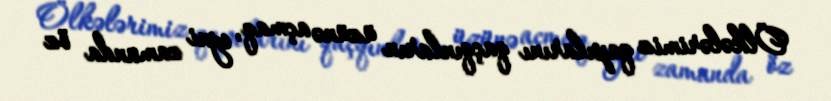
Ölkələrimiz qapılarını qaçqınların üzünə açmaq, eyni zamanda öz